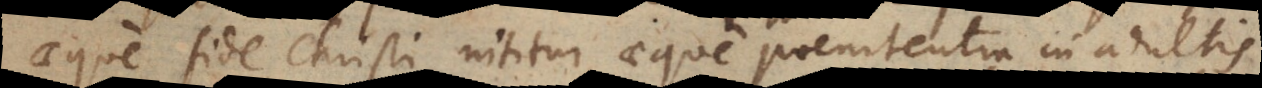
aeque fide Christi nititur, aeque poenitentia in adultis